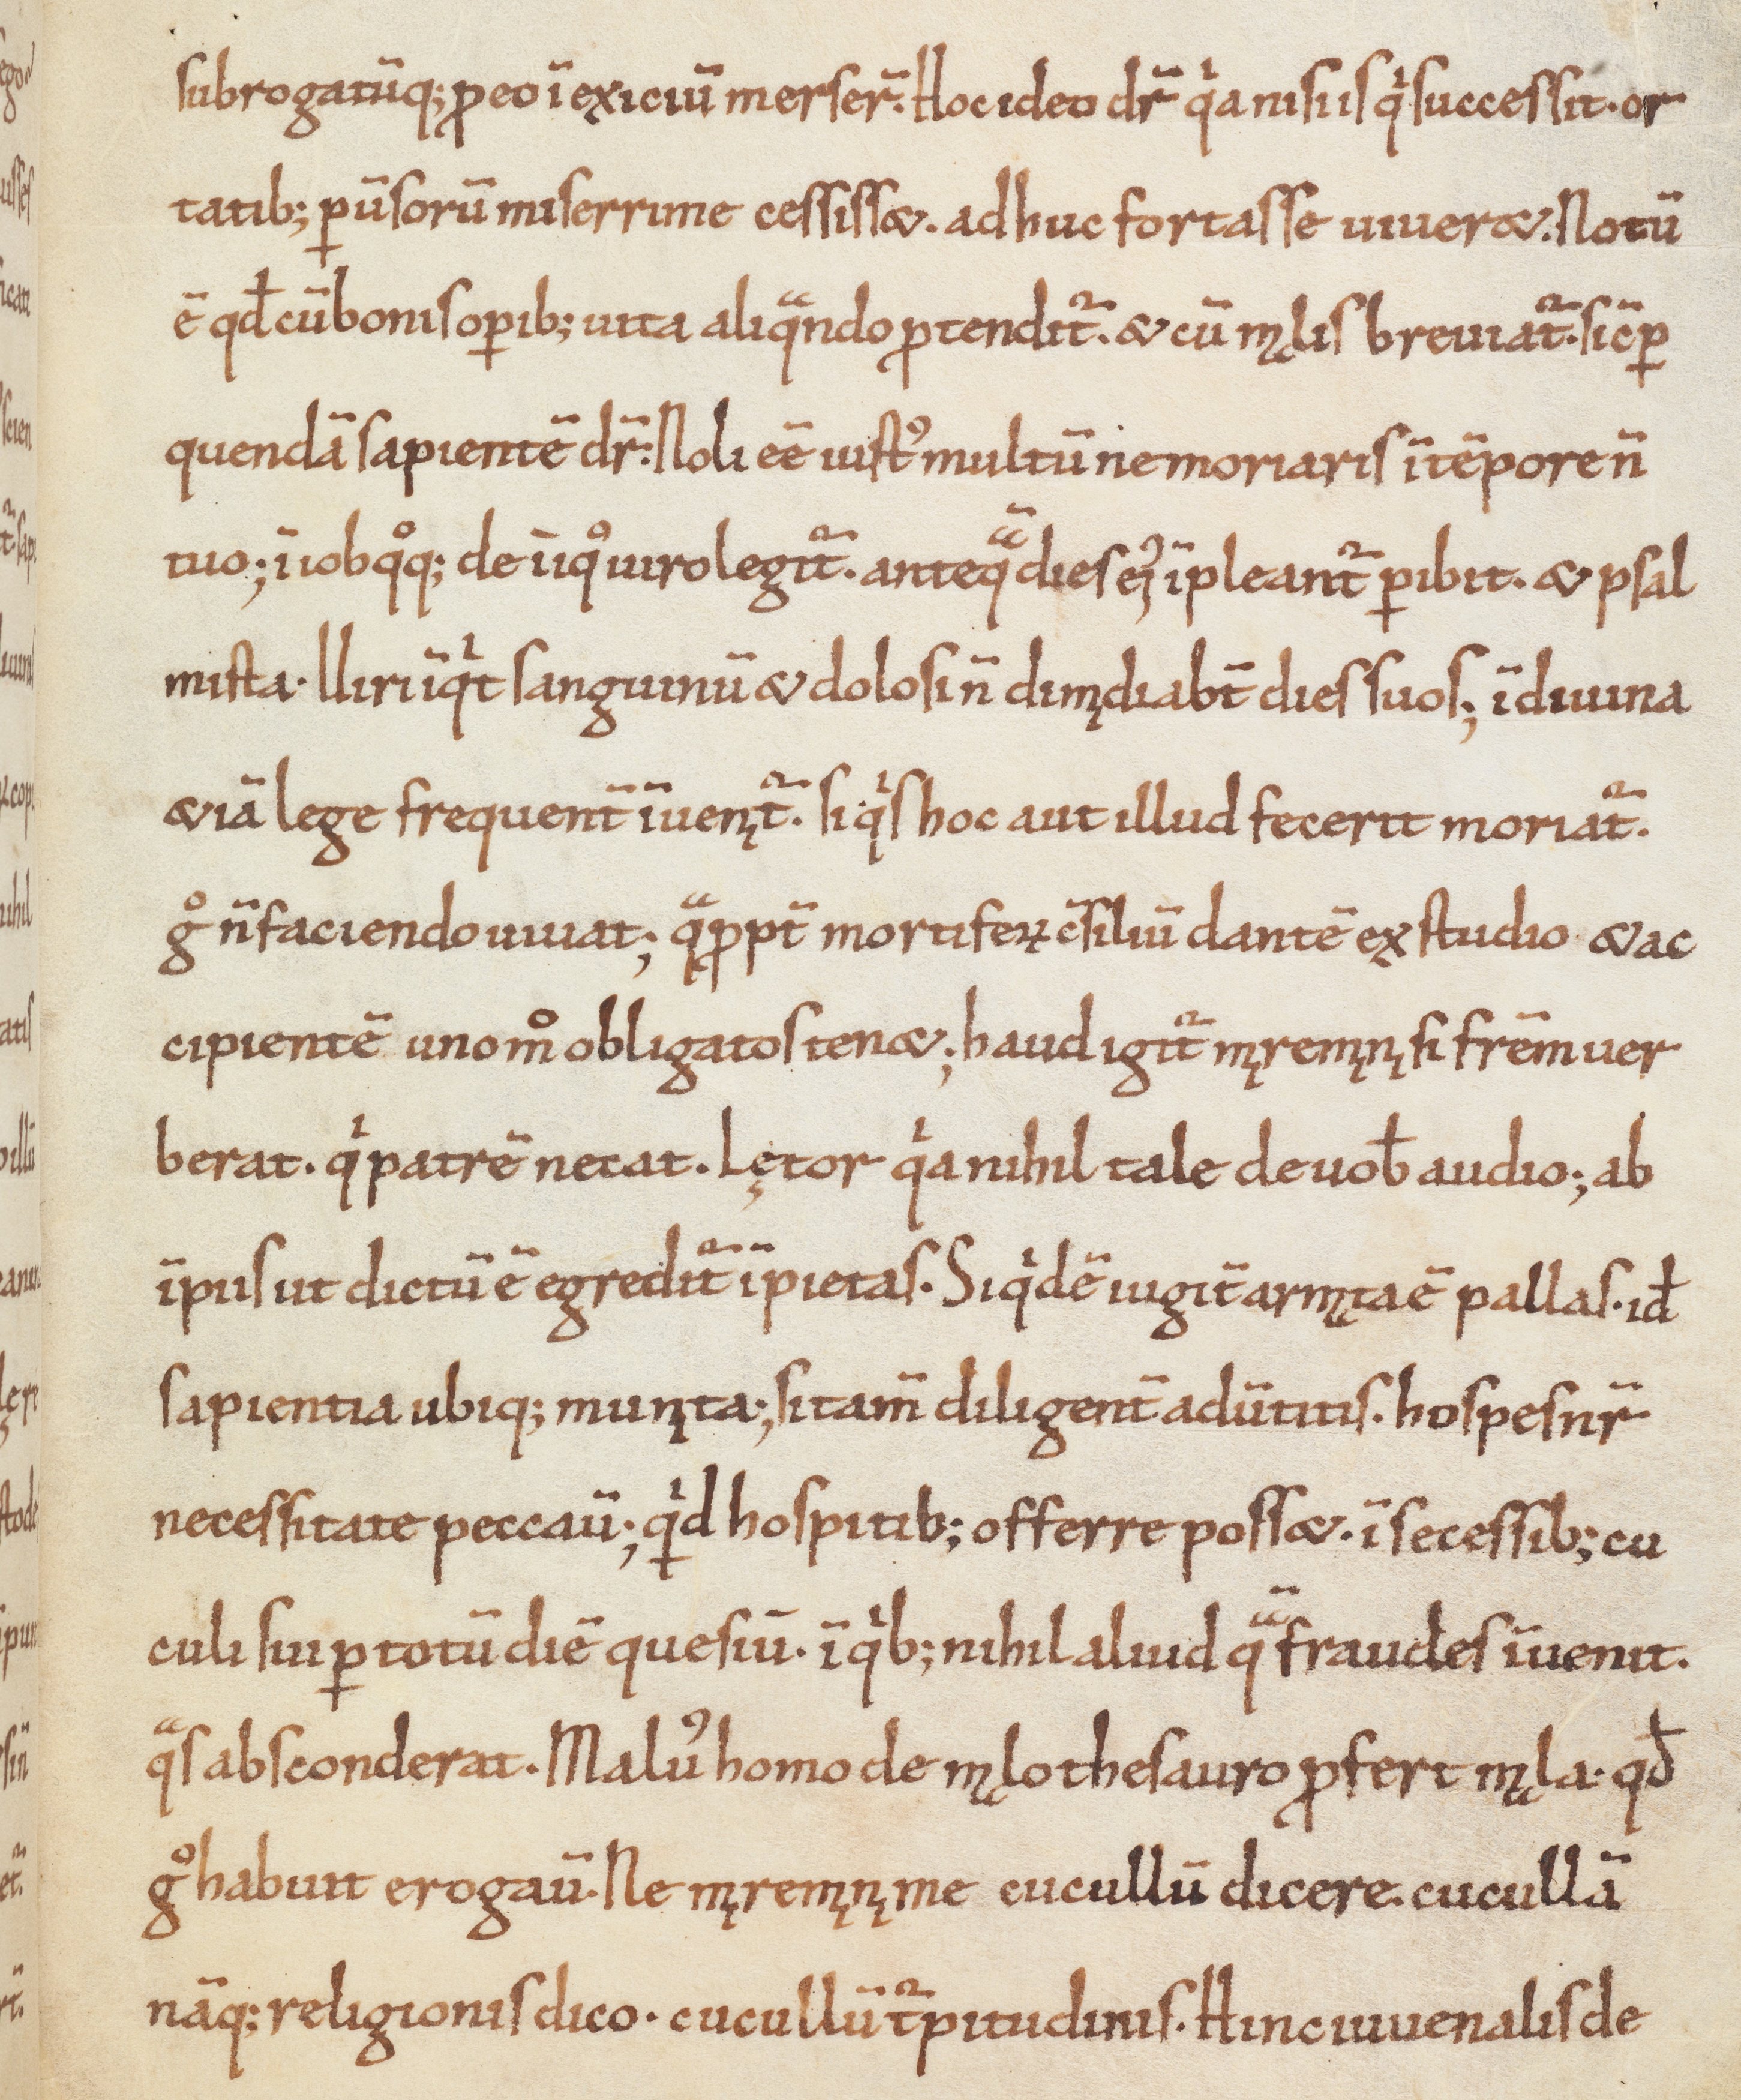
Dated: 1100–1099